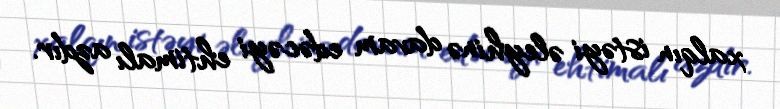
xalqın istəyi əleyhinə davam edəcəyi ehtimalı azdır.